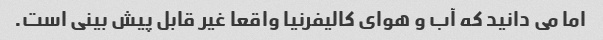
اما می دانید که آب و هوای کالیفرنیا واقعا غیر قابل پیش بینی است.